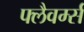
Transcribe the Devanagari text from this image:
फ्लैवर्म्स